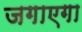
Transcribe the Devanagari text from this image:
जगाएगा